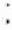
: